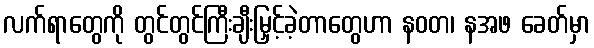
လက်ရာတွေကို တွင်တွင်ကြီးချီးမြှင့်ခဲ့တာတွေဟာ နဝတ၊ နအဖ ခေတ်မှာ